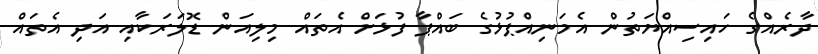
ދާރެއްގެ ހައިސިއްޔަތުން އެމަނިއްޕުޅުގެ ބައްޕާ ފުޅަށް އެތައް މިިލިއަން ޑޮލަރަކާއި އަދި އެތައް